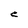
Character: C